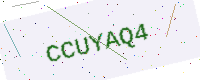
Text: CCUYAQ4